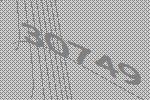
30749